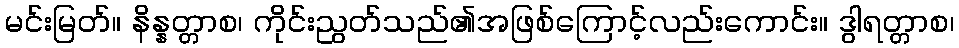
မင်းမြတ်။ နိန္နတ္တာစ၊ ကိုင်းညွတ်သည်၏အဖြစ်ကြောင့်လည်းကောင်း။ ဒွါရတ္တာစ၊